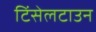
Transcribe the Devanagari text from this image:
टिंसेलटाउन